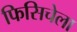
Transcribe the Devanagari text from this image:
फिसिचेला